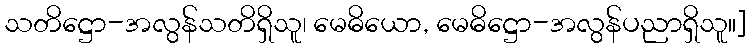
သတိဋ္ဌော-အလွန်သတိရှိသူ၊ မေဓိယော, မေဓိဋ္ဌော-အလွန်ပညာရှိသူ။]